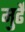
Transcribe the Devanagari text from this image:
मुर्ढे